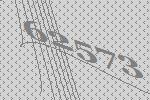
62573